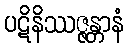
ပဋိနိဿဇ္ဇန္တာနံ